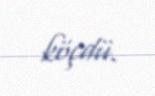
köçdü.